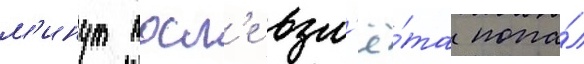
м'инут посл'е взл'ё́та попа́л